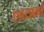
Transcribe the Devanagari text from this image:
छायामां